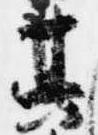
其